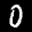
Label: 0